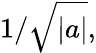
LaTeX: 1/{\sqrt{|a|}},